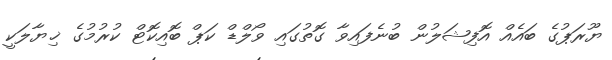
ޔޫރަޕުގެ ބައެއް އޮފިޝަލުން ބުނެފައިވާ ގޮތުގައި ވޯލްޑް ކަޕް ބޮއިކޮޓް ކުރުމުގެ ޚިޔާލަކީ